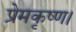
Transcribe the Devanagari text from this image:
प्रेमकृष्ण।